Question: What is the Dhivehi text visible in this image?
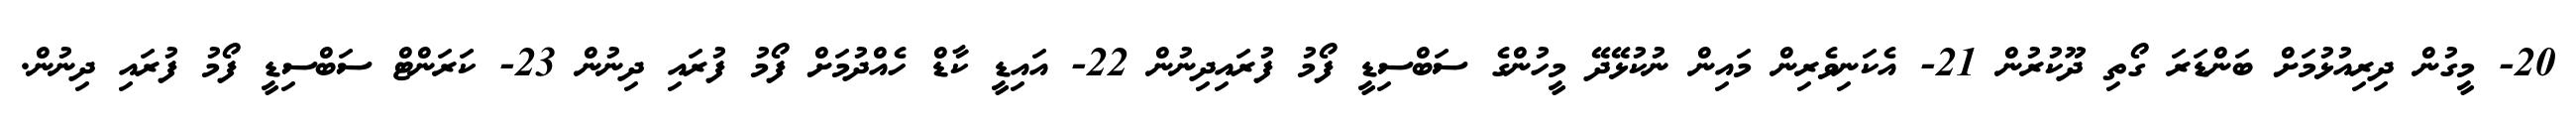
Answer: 20- މީގުން ދިރިއުޅުމަށް ބަންޑަރަ ގޯތި ދޫކުރުން 21- އެކަނިވެރިން މައިން ނުކުޅޭދޭ މީހުންގެ ސަބްސިޑީ ފޯމު ފުރައިދިނުން 22- އައިޑީ ކާޑް ހެއްދުމަށް ފޯމު ފުރައި ދިނުން 23- ކަރަންޓް ސަބްސިޑީ ފޯމު ފުރައި ދިނުން.